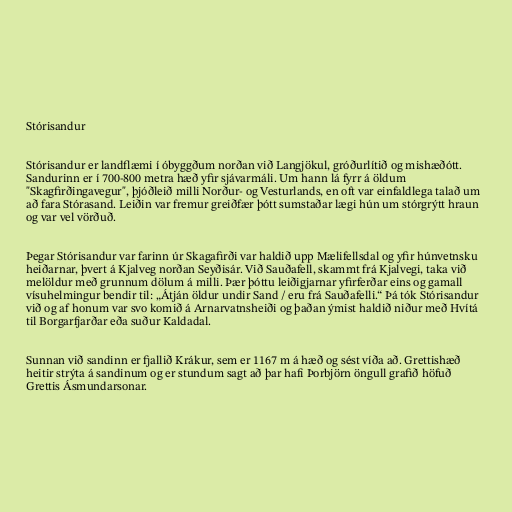
Stórisandur

Stórisandur er landflæmi í óbyggðum norðan við Langjökul, gróðurlítið og mishæðótt.
Sandurinn er í 700-800 metra hæð yfir sjávarmáli. Um hann lá fyrr á öldum
"Skagfirðingavegur", þjóðleið milli Norður- og Vesturlands, en oft var einfaldlega talað um
að fara Stórasand. Leiðin var fremur greiðfær þótt sumstaðar lægi hún um stórgrýtt hraun
og var vel vörðuð.

Þegar Stórisandur var farinn úr Skagafirði var haldið upp Mælifellsdal og yfir húnvetnsku
heiðarnar, þvert á Kjalveg norðan Seyðisár. Við Sauðafell, skammt frá Kjalvegi, taka við
melöldur með grunnum dölum á milli. Þær þóttu leiðigjarnar yfirferðar eins og gamall
vísuhelmingur bendir til: „Átján öldur undir Sand / eru frá Sauðafelli.“ Þá tók Stórisandur
við og af honum var svo komið á Arnarvatnsheiði og þaðan ýmist haldið niður með Hvítá
til Borgarfjarðar eða suður Kaldadal.

Sunnan við sandinn er fjallið Krákur, sem er 1167 m á hæð og sést víða að. Grettishæð
heitir strýta á sandinum og er stundum sagt að þar hafi Þorbjörn öngull grafið höfuð
Grettis Ásmundarsonar.